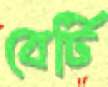
বের্টি